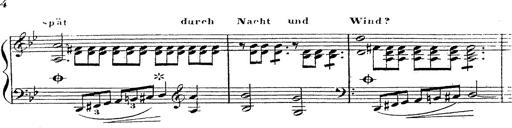
Title: 12 Lieder von Franz Schubert
Composer: Franz Liszt